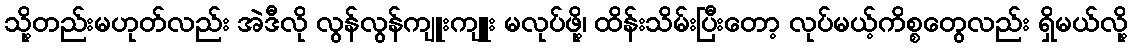
သို့တည်းမဟုတ်လည်း အဲဒီလို လွန်လွန်ကျူးကျူး မလုပ်ဖို့၊ ထိန်းသိမ်းပြီးတော့ လုပ်မယ့်ကိစ္စတွေလည်း ရှိမယ်လို့